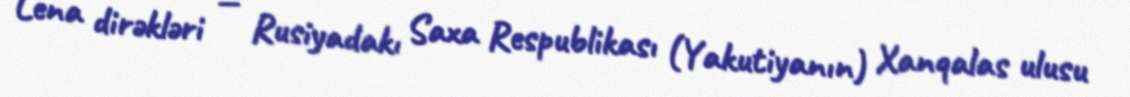
Lena dirəkləri — Rusiyadakı Saxa Respublikası (Yakutiyanın) Xanqalas ulusu